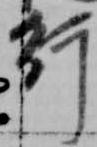
行